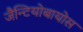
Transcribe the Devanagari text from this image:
जैन्टियोबायोस